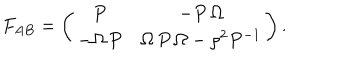
LaTeX: F _ { A B } = \left( \begin{array} { c c c } { { P } } & { { - P \, \Omega } } \\ { { - \Omega \, P } } & { { \Omega \, P \, \Omega - \rho ^ { 2 } P ^ { - 1 } } } \\ \end{array} \right) .